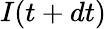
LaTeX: I(t+dt)